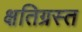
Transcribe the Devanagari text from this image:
क्षतिग्रस्‍त